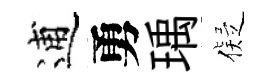
逋勇瑀儗